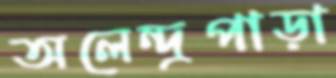
অলেন্দ্রপাড়া